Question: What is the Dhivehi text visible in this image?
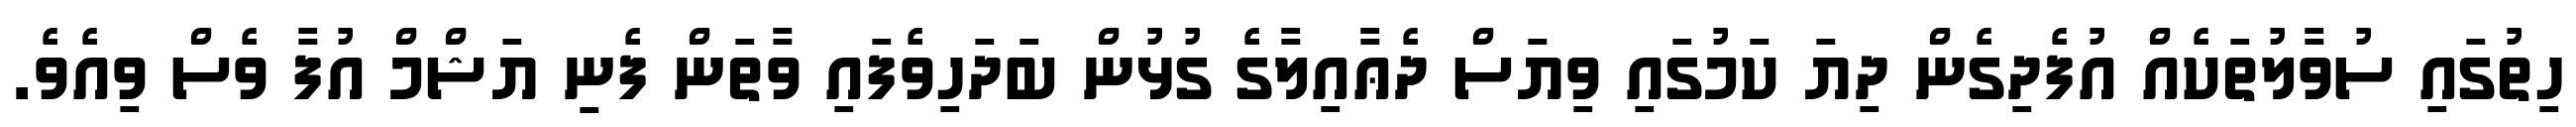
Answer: ހިތުގައި ސުވާލުތަކެއް އުފެދިގެން ދިޔަ ކަމުގައި ވިޔަސް ދެޢާއިލާގެ ގުޅުން ބަދަހިވެފައި ވާތަން ފެނި ޔަޝްމް އުފާ ވެސް ވިއެވެ.